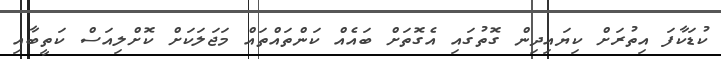
ކުޑަކާފަ އިތުރަށް ކިޔައިދިން ގޮތުގައި އެގޮތަށް ބައެއް ކަންތައްތައް މަޖަލަކަށް ކޮށްލިއަސް ކަތީބާއި